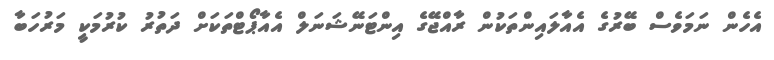
އެހެން ނަމަވެސް ބޭރުގެ އެއާލައިންތަކުން ރާއްޖޭގެ އިންޓަނޭޝަނަލް އެއާޕޯޓްތަކަށް ދަތުރު ކުރުމަކީ މަރުހަބާ